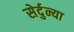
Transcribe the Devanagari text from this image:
सेर्दुन्या